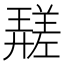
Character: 𱝖